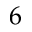
6